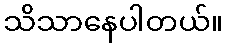
သိသာနေပါတယ်။